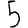
Digit: 5